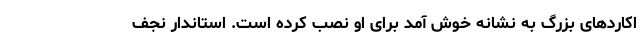
اکاردهای بزرگ به نشانه خوش آمد برای او نصب کرده است. استاندار نجف